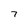
Character: 7